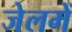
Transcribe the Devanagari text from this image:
जेलमें